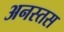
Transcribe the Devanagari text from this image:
अनस्तस